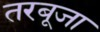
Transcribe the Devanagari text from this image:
तरबूजा